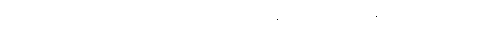
စုလစ်မွန်းချွန်တပ်သော ကျောင်း၌။ ဝိဟရတိ၊ နေတော်မူ၏။ တေန ခေါ ပန သမယေန၊